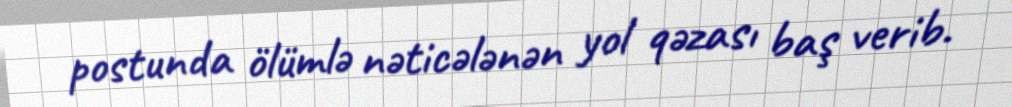
postunda ölümlə nəticələnən yol qəzası baş verib.